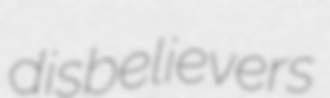
disbelievers